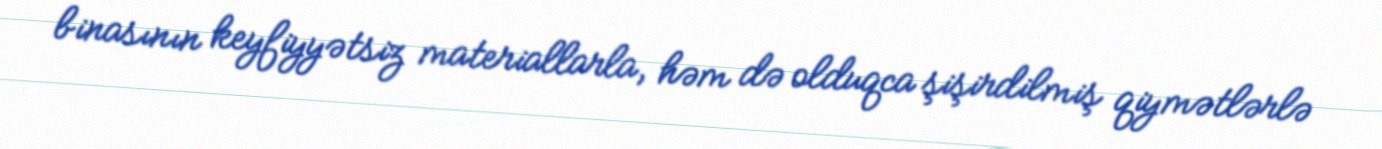
binasının keyfiyyətsiz materiallarla, həm də olduqca şişirdilmiş qiymətlərlə